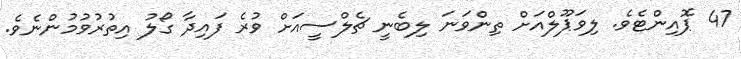
47 ޕޮއިންޓެވެ. ލިވަޕޫލްއަށް ތިންވަނަ ލިބެނީ ޗެލްސީއަށް ވުރެ ފައިދާ ގޯލު އިތުރުވުމުންނެވެ.